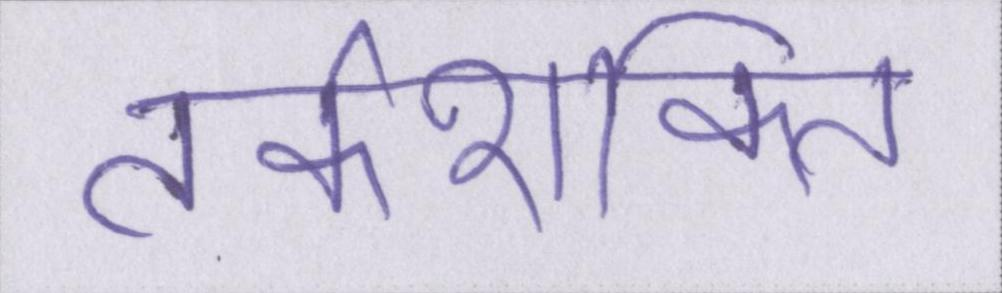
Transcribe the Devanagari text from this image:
तर्कशक्ति